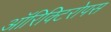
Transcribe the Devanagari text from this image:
ऑरिक्टिरोपस